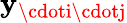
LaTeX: \mathbf{y}_{\cdoti\cdotj}